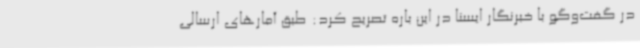
در گفت‌وگو با خبرنگار ایسنا در این باره تصریح کرد: طبق آمارهای ارسالی